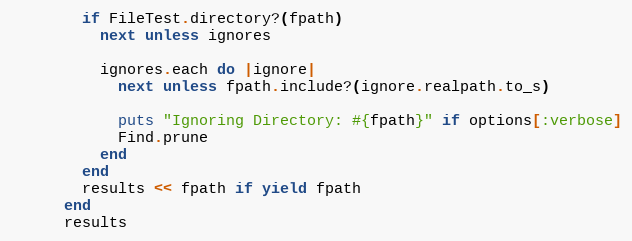
Language: Ruby
        if FileTest.directory?(fpath)
          next unless ignores

          ignores.each do |ignore|
            next unless fpath.include?(ignore.realpath.to_s)

            puts "Ignoring Directory: #{fpath}" if options[:verbose]
            Find.prune
          end
        end
        results << fpath if yield fpath
      end
      results